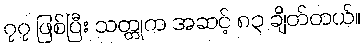
၇၇ ဖြစ်ပြီး သတ္တုက အဆင့် ၈၃ ချိတ်တယ်။